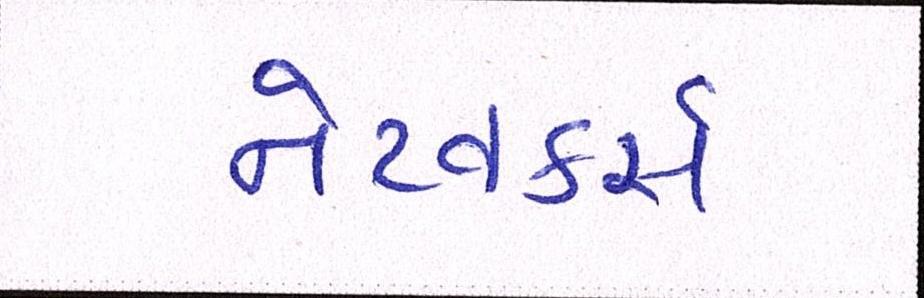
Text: નેટવર્ક્સ